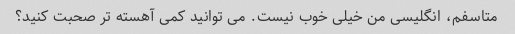
متاسفم، انگلیسی من خیلی خوب نیست. می توانید کمی آهسته تر صحبت کنید؟